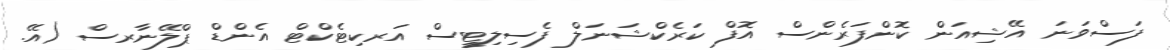
ފަސްވަނަ އޭޝިއަން ކޮންފަރެންސް އޮފް ކަރެކްޝަނަލް ފެސިލިޓީސް އަރކިޓެކްޓް އެންޑް ޕްލޭނާރސް (އޭ.